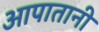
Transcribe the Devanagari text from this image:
आपातानी